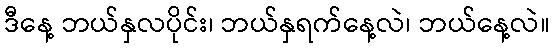
ဒီနေ့ ဘယ်နှလပိုင်း၊ ဘယ်နှရက်နေ့လဲ၊ ဘယ်နေ့လဲ။